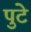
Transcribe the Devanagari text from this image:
पुटे